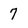
Character: 7